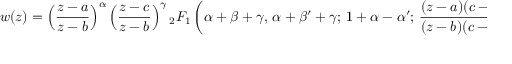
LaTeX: w ( z ) = \left( { \frac { z - a } { z - b } } \right) ^ { \alpha } \left( { \frac { z - c } { z - b } } \right) ^ { \gamma } { } _ { 2 } F _ { 1 } \left( \alpha + \beta + \gamma , \, \alpha + \beta ^ { \prime } + \gamma ; \, 1 + \alpha - \alpha ^ { \prime } ; \, { \frac { ( z - a ) ( c - b ) } { ( z - b ) ( c - a ) } } \right) ,